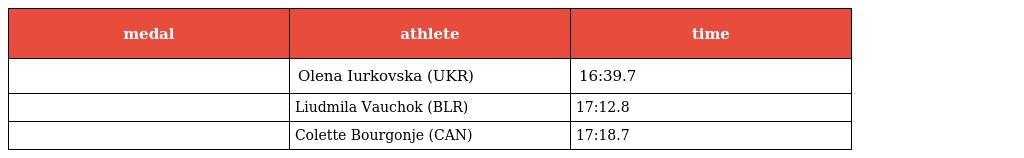
| medal | athlete | time |
 | --- | --- | --- |
 |  | Olena Iurkovska (UKR) | 16:39.7 |
 |  | Liudmila Vauchok (BLR) | 17:12.8 |
 |  | Colette Bourgonje (CAN) | 17:18.7 |